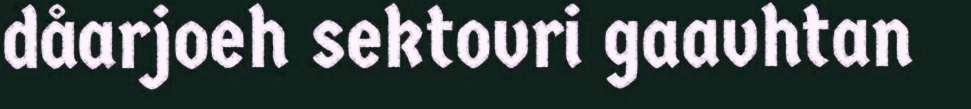
dåarjoeh sektovri gaavhtan